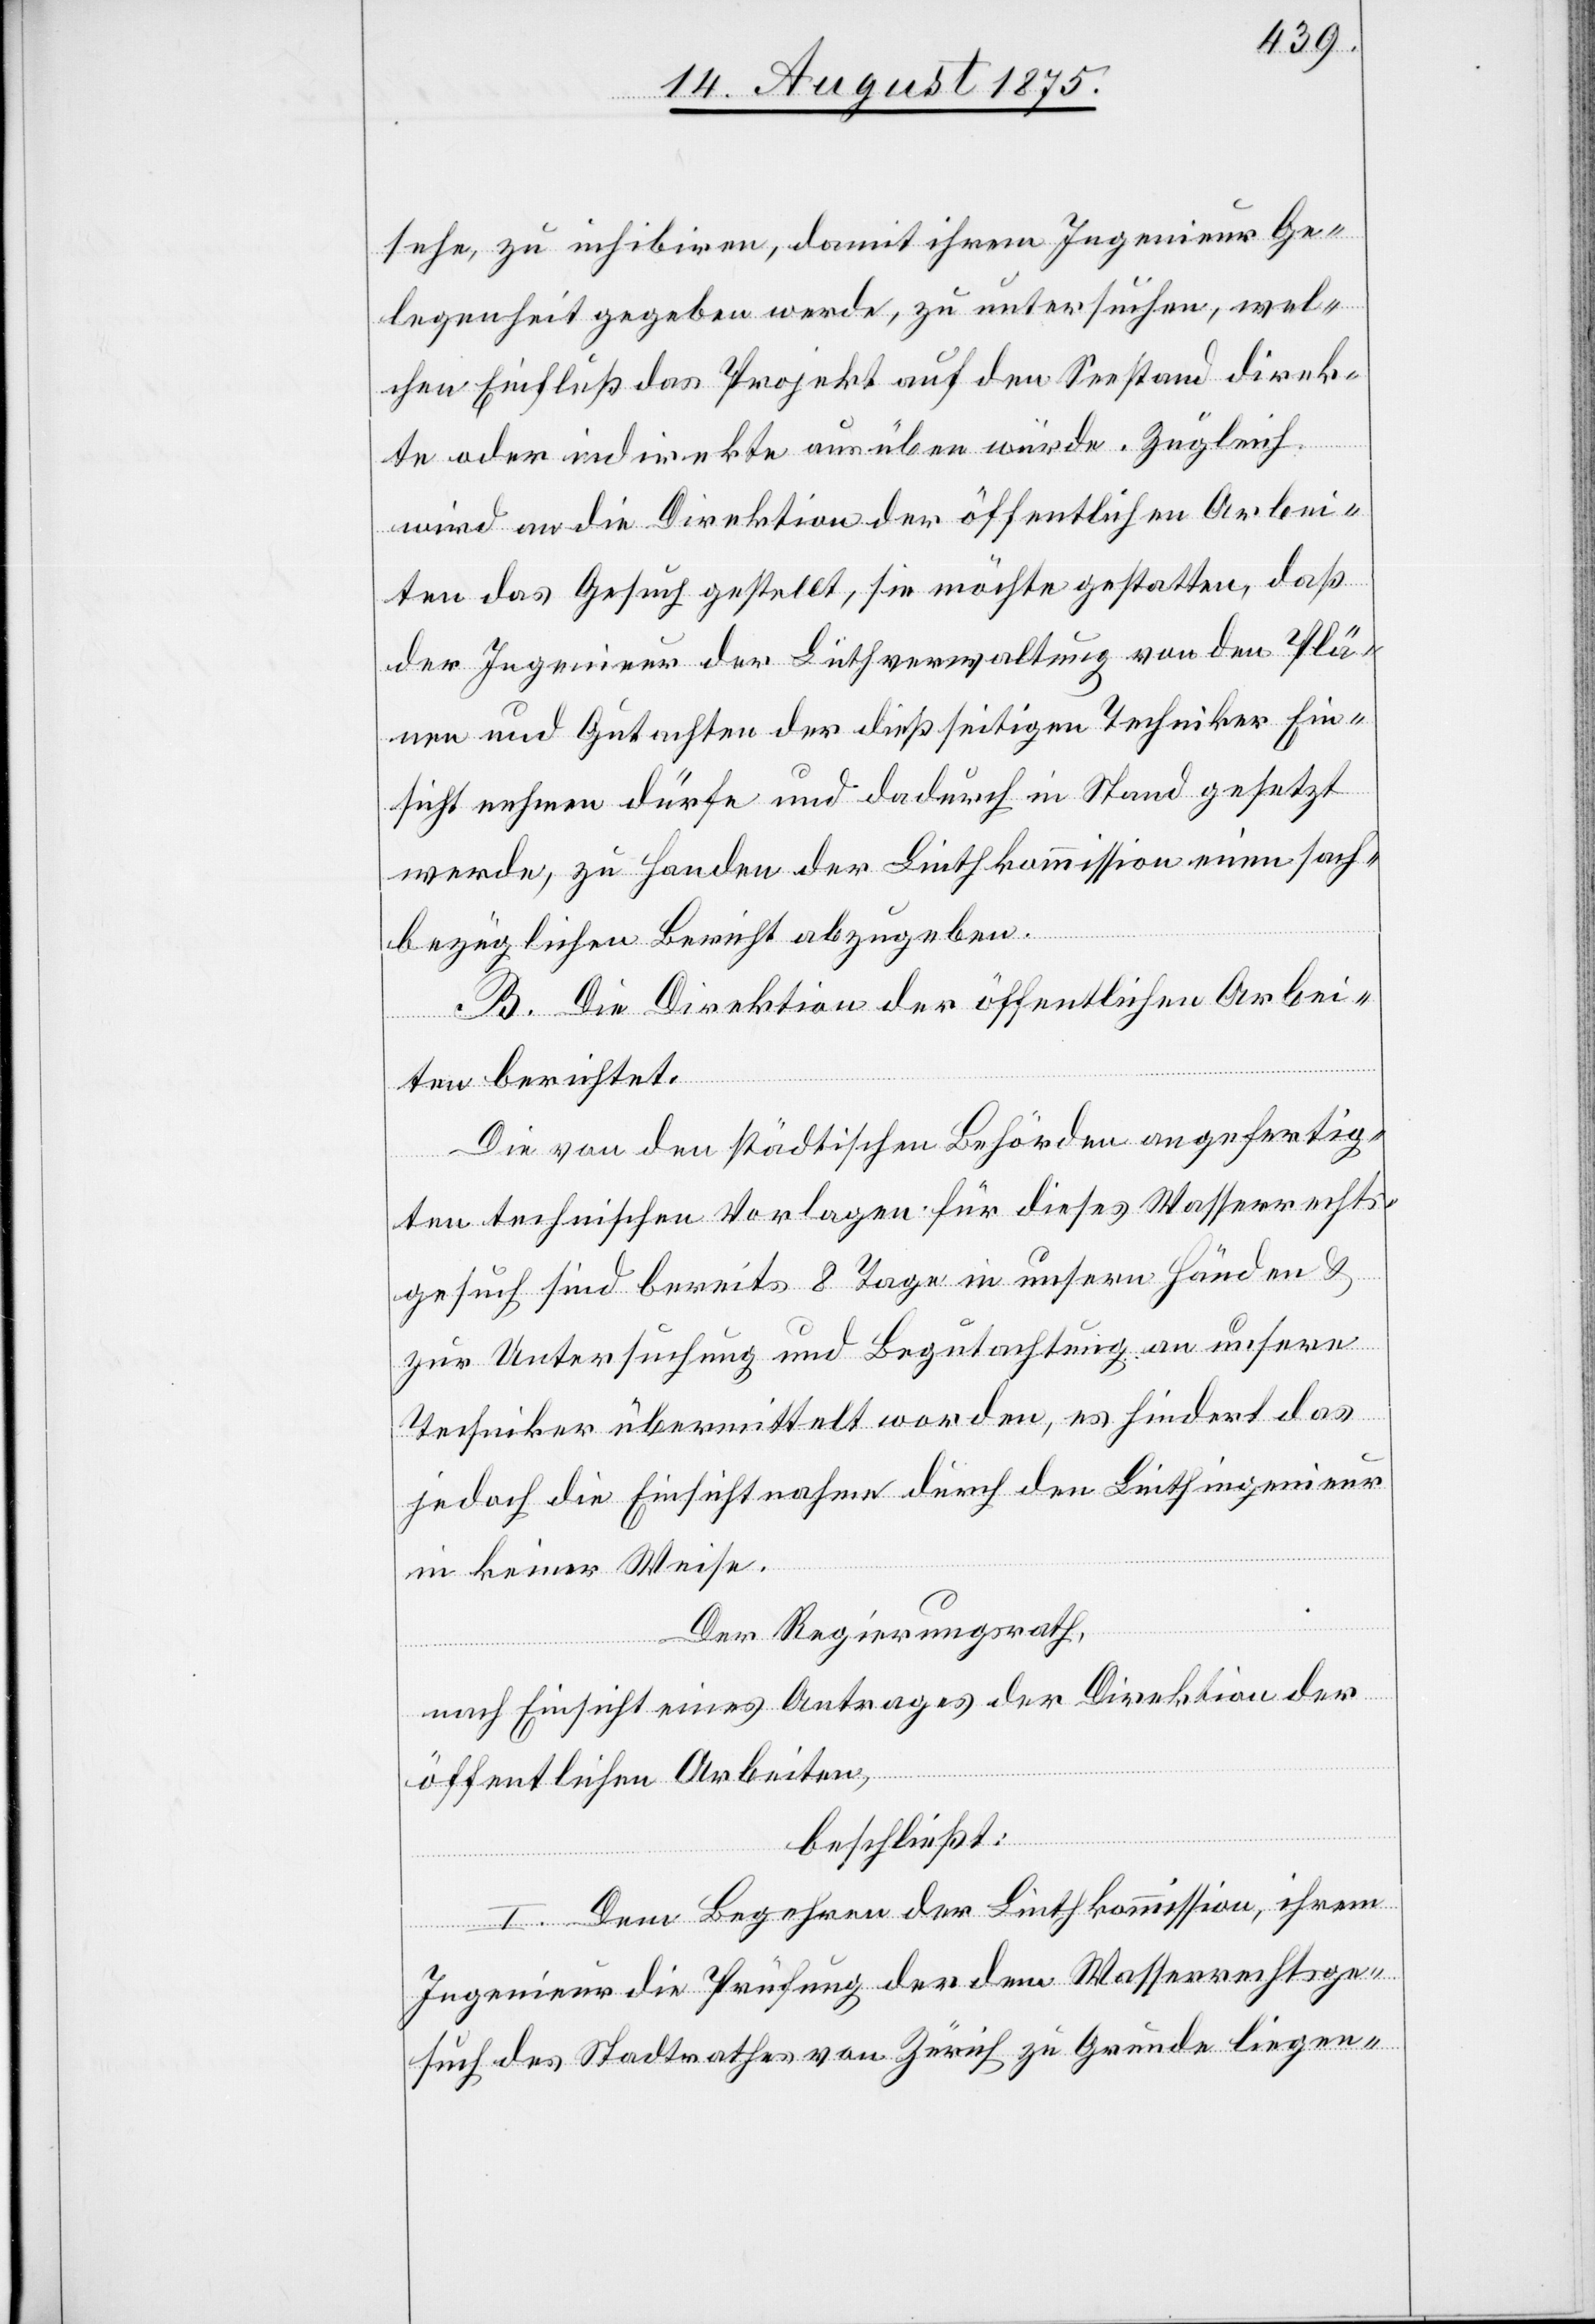
sehe, zu inhibiren, damit ihrem Ingenieur Ge¬
legenheit gegeben werde, zu untersuchen, wel¬
chen Einfluß das Projekt auf den Seestand direk¬
te oder indirekte ausüben würde. Zugleich
wird an die Direktion der öffentlichen Arbei¬
ten das Gesuch gestellt, sie möchte gestatten, daß
der Ingenieur der Linthverwaltung von den Plä¬
nen und Gutachten der dießseitigen Techniker Ein¬
sicht nehmen dürfe und dadurch in Stand gesetzt
werde, zu Handen der Linthkommission einen sach¬
bezüglichen Bericht abzugeben.
B. Die Direktion der öffentlichen Arbei¬
ten berichtet:
Die von den städtischen Behörden angefertig¬
ten technischen Vorlagen für dieses Wasserrechts¬
gesuch sind bereits 8 Tage in unsern Händen &
zur Untersuchung und Begutachtung an unsere
Techniker übermittelt worden, es hindert das
jedoch die Einsichtnahme durch den Linthingenieur
in keiner Weise.
Der Regierungsrath,
nach Einsicht eines Antrages der Direktion der
öffentlichen Arbeiten,
beschließt:
I. Dem Begehren der Linthkommission, ihrem
Ingenieur die Prüfung der dem Wasserrechtsge¬
such des Stadtrathes von Zürich zu Grunde liegen-